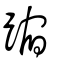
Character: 蹜